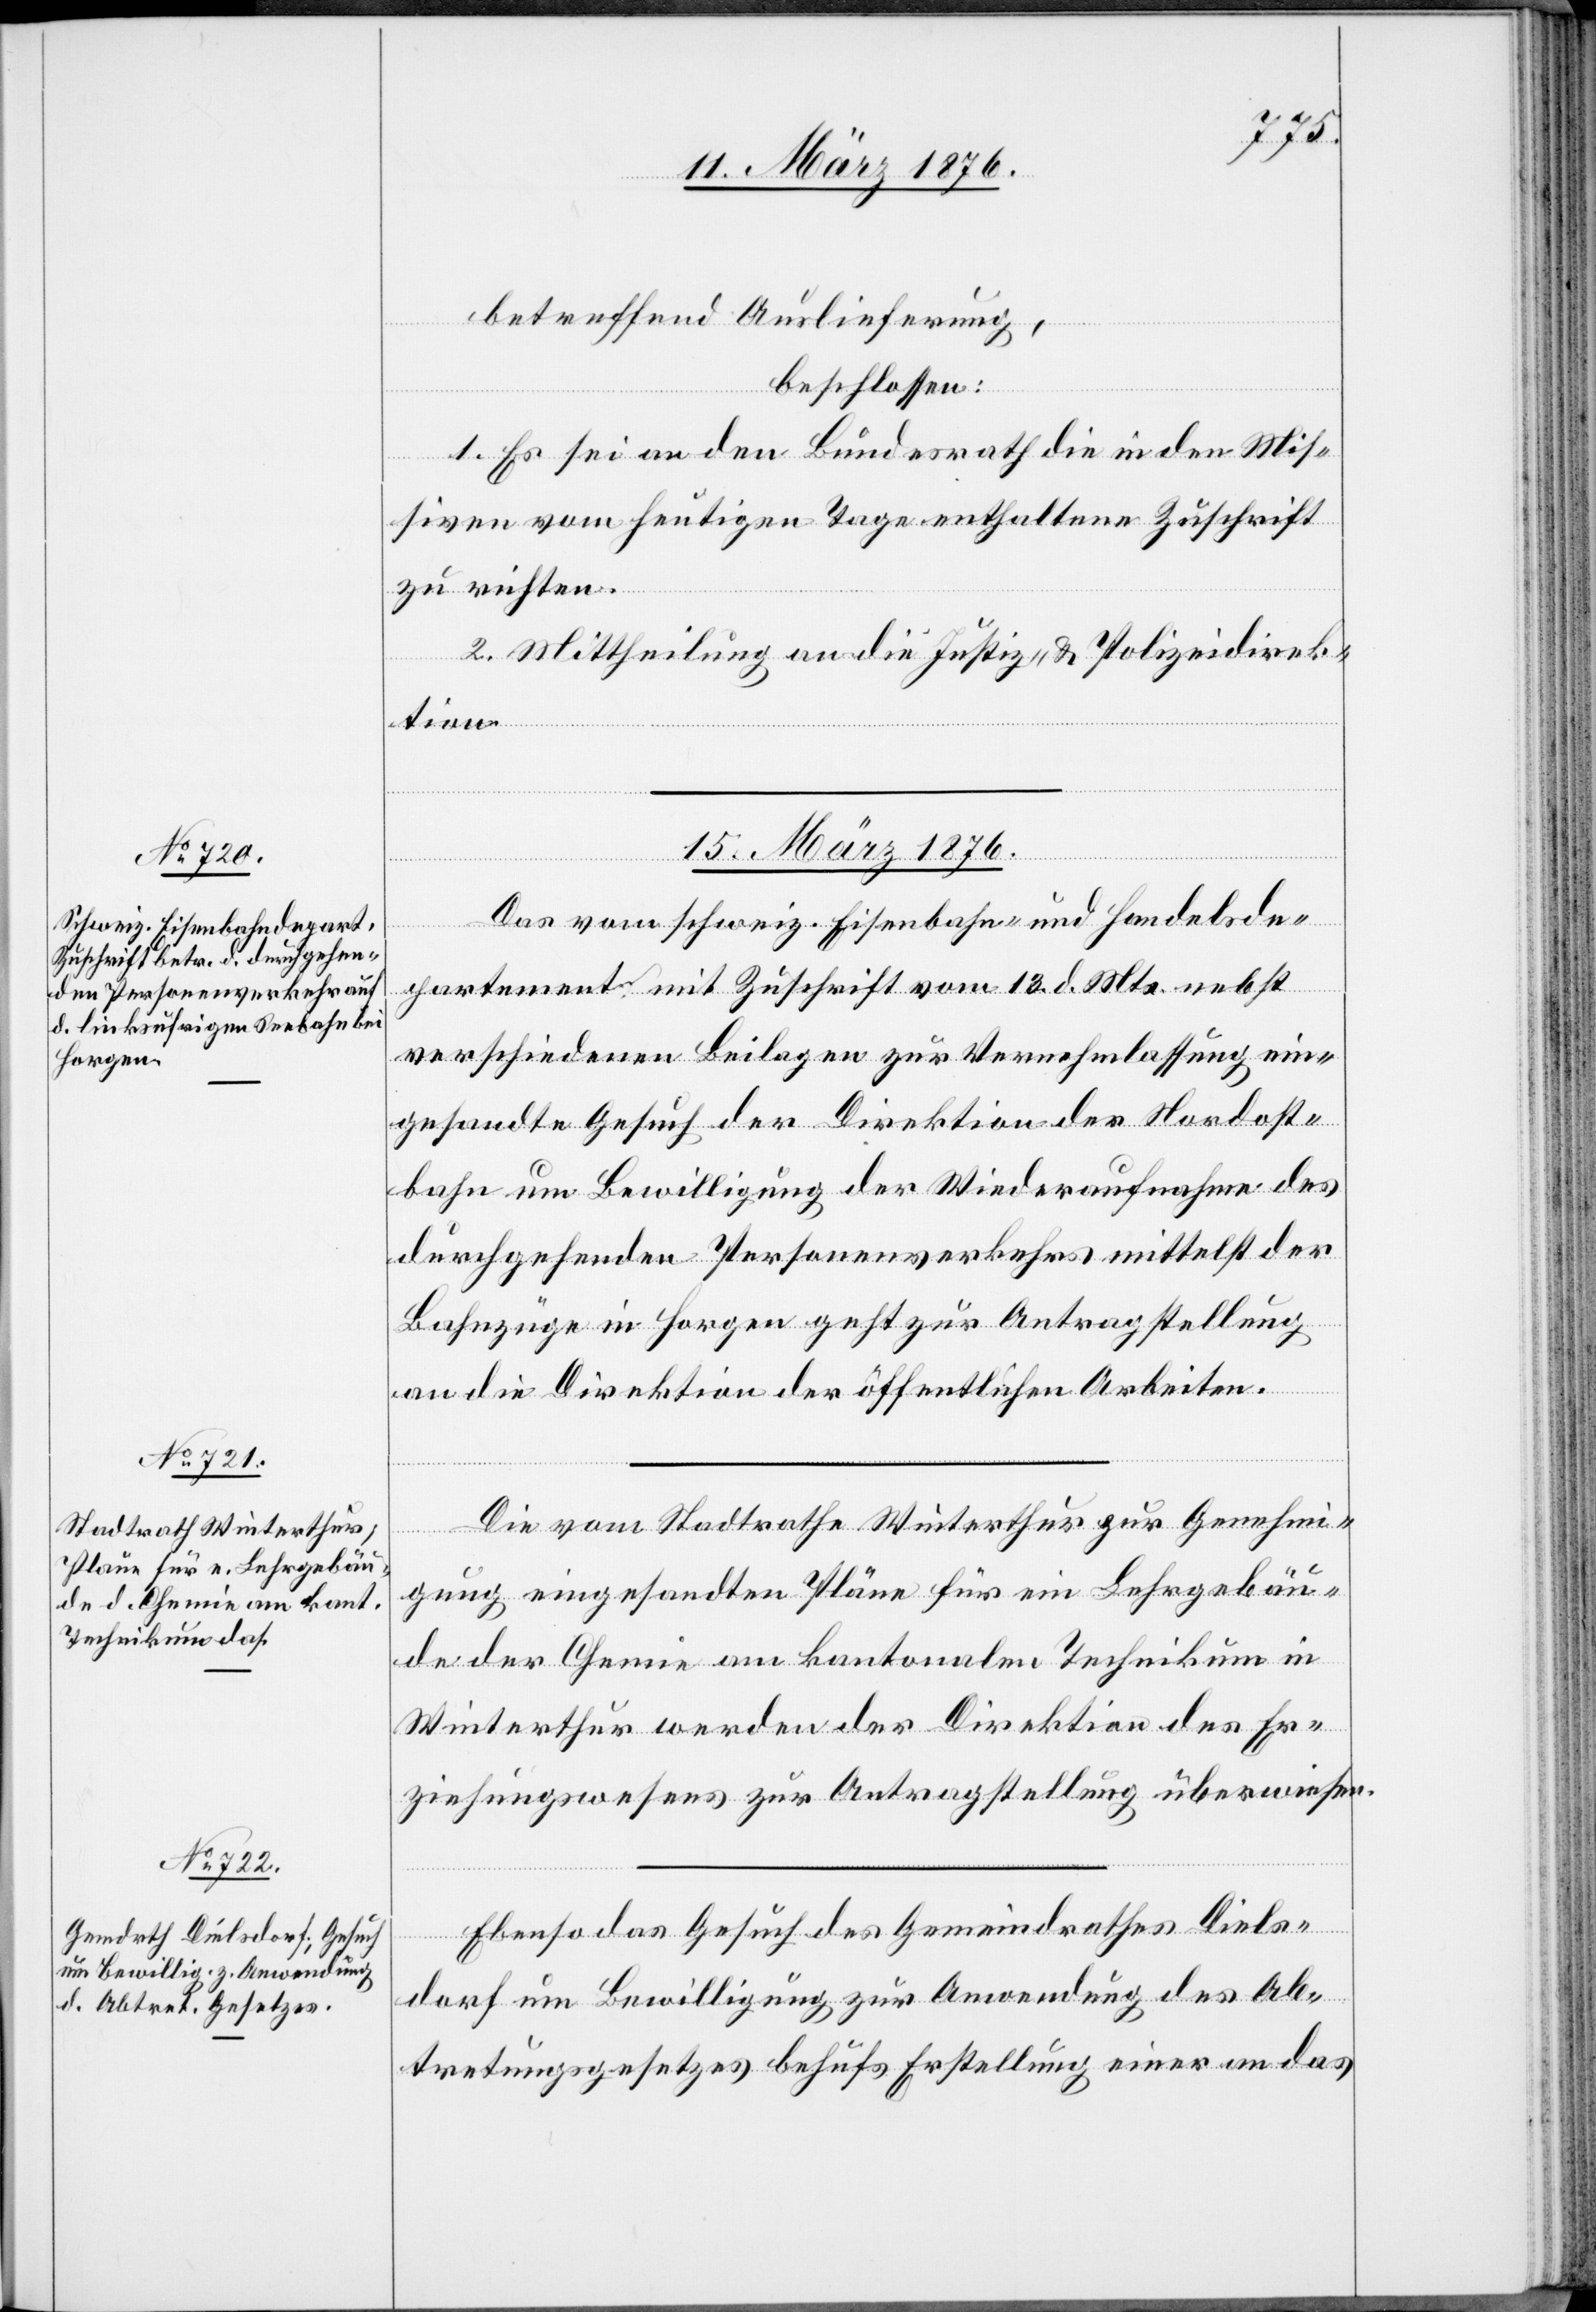
betreffend Auslieferung,
beschlossen:
1. Es sei an den Bundesrath die in den Mis¬
siven vom heutigen Tage enthaltene Zuschrift
zu richten.
2. Mittheilung an die Justiz- & Polizeidirek¬
tion.
15. März 1876.]
[Fortsetzung
Das vom schweiz. Eisenbahn- und Handelsde¬
partement mit Zuschrift vom 13. d. Mts. nebst
verschiedenen Beilagen zur Vernehmlassung ein¬
gesandte Gesuch der Direktion der Nordost¬
bahn um Bewilligung der Wiederaufnahme des
durchgehenden Personenverkehrs mittelst der
Bahnzüge in Horgen geht zur Antragstellung
an die Direktion der öffentlichen Arbeiten.
Die vom Stadtrathe Winterthur zur Genehmi¬
gung eingesandten Pläne für ein Lehrgebäu¬
de der Chemie am kantonalen Technikum in
Winterthur werden der Direktion des Er¬
ziehungswesens zur Antragstellung überwiesen.
Ebenso das Gesuch des Gemeindrathes Diels¬
dorf um Bewilligung zur Anwendung des Ab¬
tretungsgesetzes behufs Erstellung einer an das